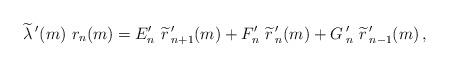
LaTeX: \begin{align*}\widetilde{\lambda}\,'(m)\ r_n(m)=E'_{n}\ \widetilde{r}\,'_{n+1}(m) +F'_n\ \widetilde{r}\,'_{n}(m) +G\,'_n\ \widetilde{r}\,'_{n-1}(m) \,,\end{align*}